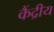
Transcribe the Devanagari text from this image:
कैंद्रीय